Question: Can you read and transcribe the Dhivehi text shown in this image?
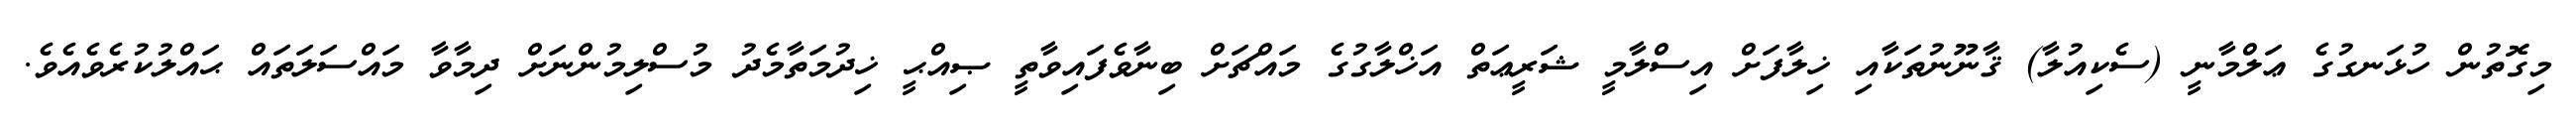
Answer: މިގޮތުން ހުޅަނގުގެ ޢަލްމާނީ (ސެކިއުލާ) ޤާނޫނުތަކާއި ޚިލާފަށް އިސްލާމީ ޝަރީޢަތް އަޚްލާގުގެ މައްޗަށް ބިނާވެފައިވާތީ ޞިއްޙީ ޚިދުމަތާމެދު މުސްލިމުންނަށް ދިމާވާ މައްސަލަތައް ޙައްލުކުރެވެއެވެ.